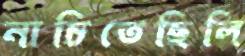
নাচিতেছিলি